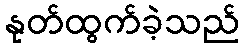
နုတ်ထွက်ခဲ့သည်